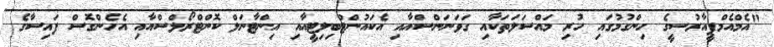
"އެމްއެމްޕީއާރުސީގެ ހިންގުމުގައި ހުރި މައްސަލަތަކާއި ގަވަނަންސްއާއި އެކައުންޓްބިލިޓީއާއި އިންޓާނަލް ކޮންޓްރޯލްސްއާއި އެހެންގޮސް ފައިސާގެ